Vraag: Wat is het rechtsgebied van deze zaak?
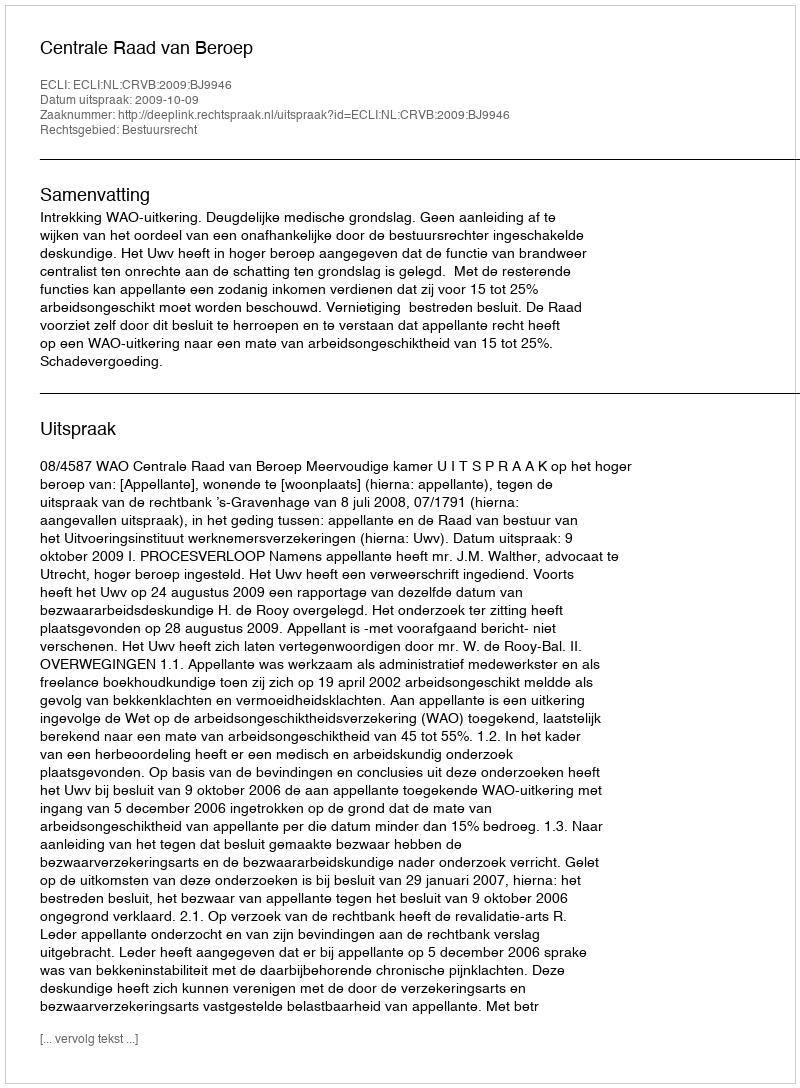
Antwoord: Bestuursrecht